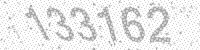
Solution: 133162